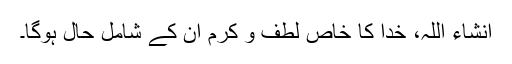
انشاء اللہ، خدا کا خاص لطف و کرم ان کے شامل حال ہوگا۔